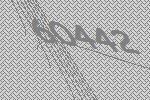
60442